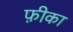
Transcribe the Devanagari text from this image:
फ़ीका